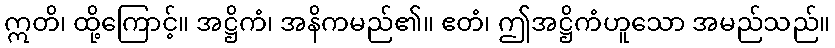
ဣတိ၊ ထို့ကြောင့်။ အဋ္ဌိကံ၊ အနိကမည်၏။ ဧတံ၊ ဤအဋ္ဌိကံဟူသော အမည်သည်။